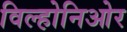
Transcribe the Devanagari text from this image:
विल्होनिओर